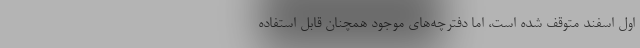
اول اسفند متوقف شده است، اما دفترچه‌های موجود همچنان قابل استفاده